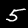
Label: 5